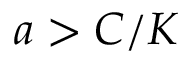
a > C / K